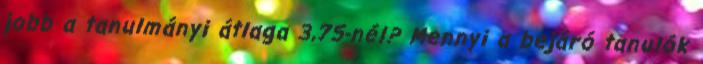
jobb a tanulmányi átlaga 3,75-nél? Mennyi a bejáró tanulók